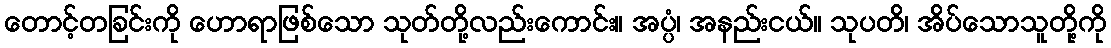
တောင့်တခြင်းကို ဟောရာဖြစ်သော သုတ်တို့လည်းကောင်း။ အပ္ပံ၊ အနည်းငယ်။ သုပတိ၊ အိပ်သောသူတို့ကို